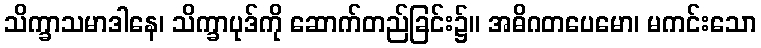
သိက္ခာသမာဒါနေ၊ သိက္ခာပုဒ်ကို ဆောက်တည်ခြင်း၌။ အဓိဂတပေမော၊ မကင်းသော